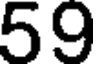
59